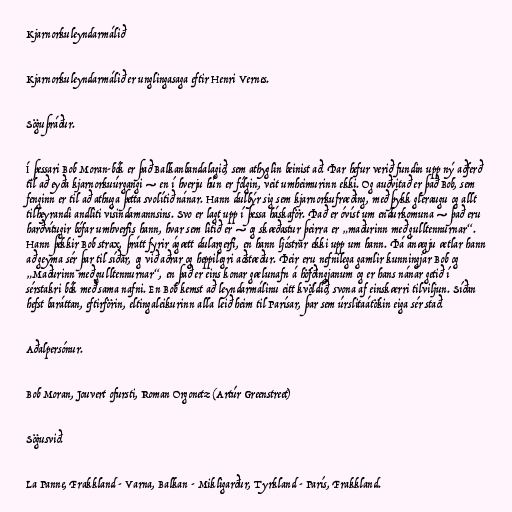
Kjarnorkuleyndarmálið

Kjarnorkuleyndarmálið er unglingasaga eftir Henri Vernes.

Söguþráður.

Í þessari Bob Moran-bók er það Balkanbandalagið, sem athyglin beinist að. Þar hefur verið fundin upp ný aðferð
til að eyða kjarnorkuúrgangi — en í hverju hún er fólgin, veit umheimurinn ekki. Og auðvitað er það Bob, sem
fenginn er til að athuga þetta svolítið nánar. Hann dulbýr sig sem kjarnorkufræðing, með þykk gleraugu og allt
tilheyrandi andliti vísindamannsins. Svo er lagt upp í þessa háskaför. Það er óvíst um endurkomuna — það eru
harðvítugir bófar umhverfis hann, hvar sem litið er — og skæðastur þeirra er „maðurinn með gulltennurnar“.
Hann þekkir Bob strax, þrátt fyrir ágætt dulargerfi, en hann ljóstrar ekki upp um hann. Þá ánægju ætlar hann
að geyma sér þar til síðar, og við aðrar og heppilegri aðstæður. Þeir eru nefnilega gamlir kunningjar Bob og
„Maðurinn með gulltennurnar“, en það er eins konar gælunafn á höfðingjanum og er hans nánar getið í
sérstakri bók með sama nafni. En Bob kemst að leyndarmálinu eitt kvöldið, svona af einskærri tilviljun. Síðan
hefst baráttan, eftirförin, eltingaleikurinn alla leið heim til Parísar, þar sem úrslitaátökin eiga sér stað.

Aðalpersónur.

Bob Moran, Jouvert ofursti, Roman Orgonetz (Artúr Greenstreet)

Sögusvið.

La Panne, Frakkland - Varna, Balkan - Mikligarður, Tyrkland - París, Frakkland.